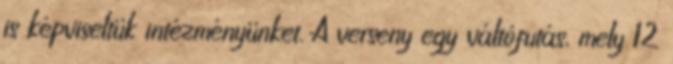
is képviseltük intézményünket. A verseny egy váltófutás, mely 12